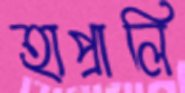
হাপ্‌রালি